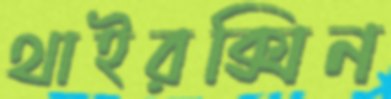
থাইরক্সিন